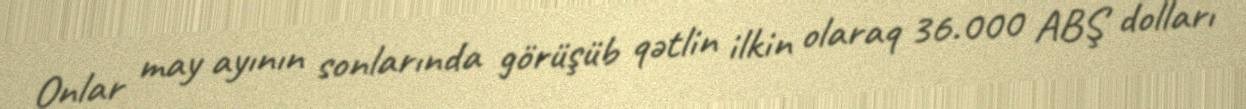
Onlar may ayının sonlarında görüşüb qətlin ilkin olaraq 36.000 ABŞ dolları